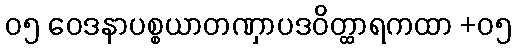
၀၅ ဝေဒနာပစ္စယာတဏှာပဒဝိတ္ထာရကထာ +၀၅